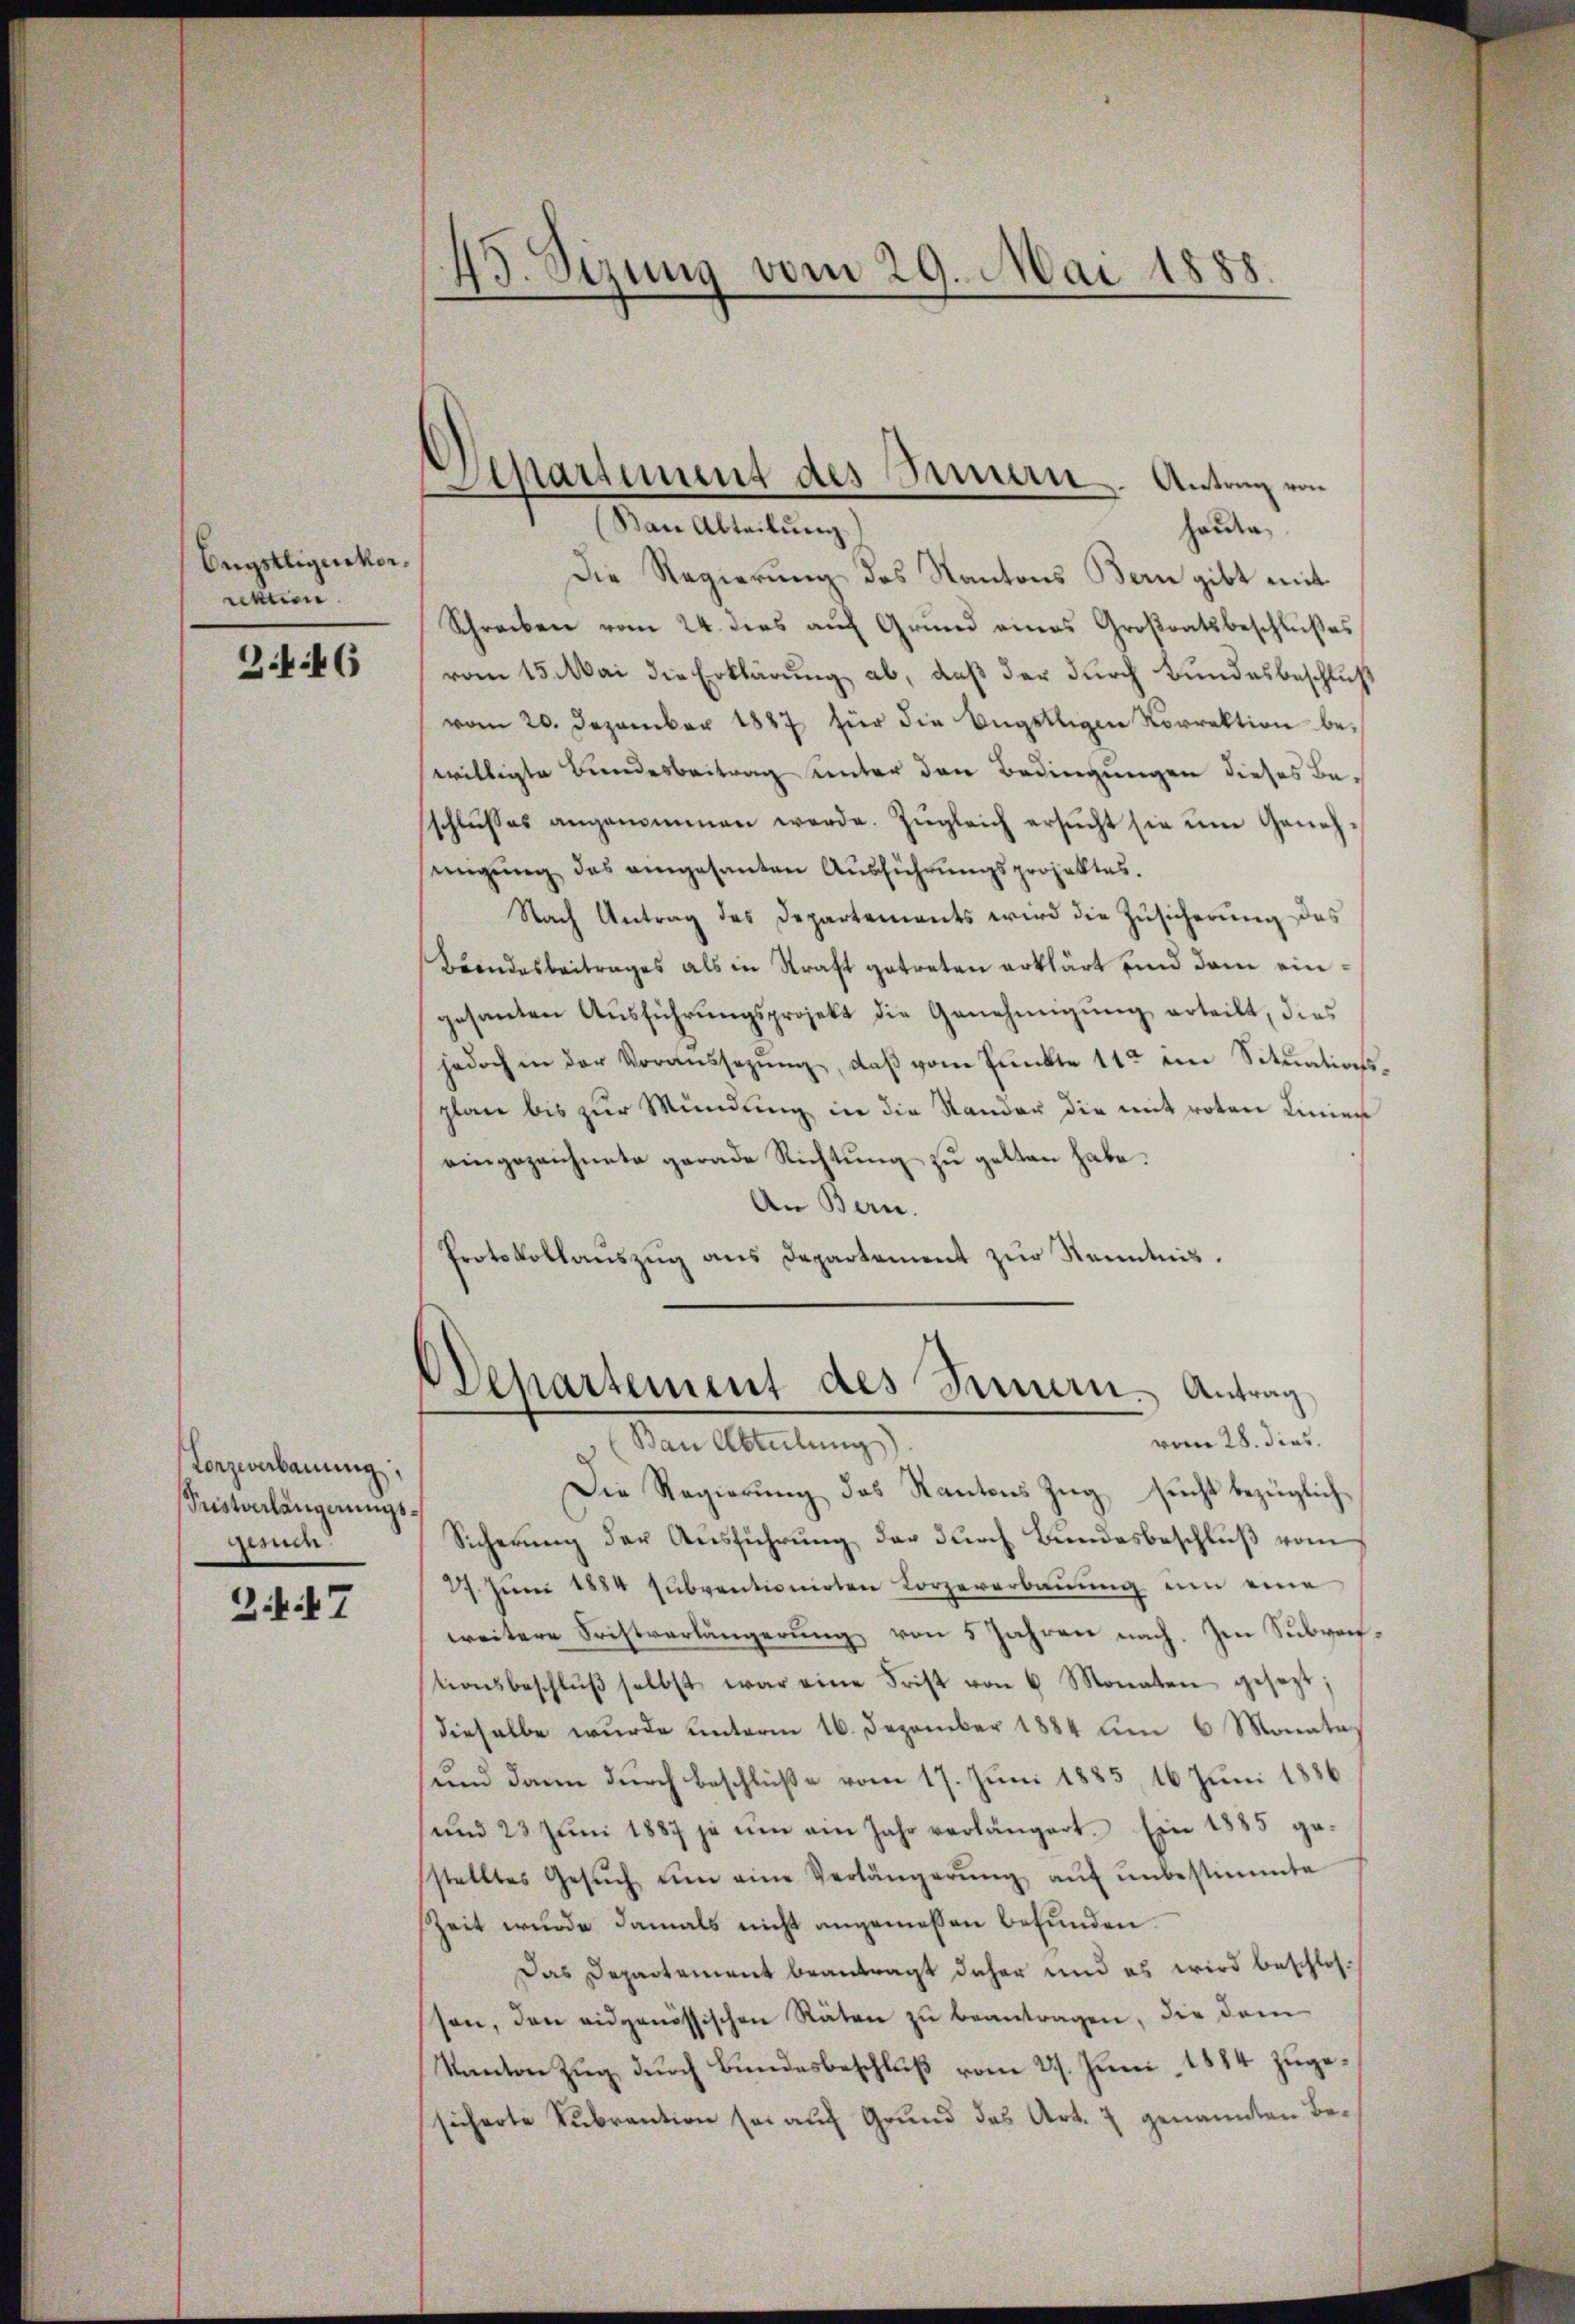
Engstligenkor
rektion

3.46

Loezierbauung,
Sistorlängerungsgenien.

Z. 7

45. Sezung vom 29. Mai 1888.
e

Apassiment des Innern. Antrag von
Ban Abteilung
Holden

Die Regierung des Kantons Bern gibt mit
Schreiben vom 24. dies auf Grund eines Großratsbeschlußes
vom 15. Mai die Erklärung ab, daß der durch Bundesbeschluß
vom 20. Dezember 1887 für die Engstligen Vorrektion be-
willigte Bundesbeitrag unter den Bedingungen dieses Beschlŭsses angenommen werde. Zŭgleich ersŭcht sie um Geneh-
migung des eingesanten Ausführungsprojektes.
Nach Antrag des Departements wird die Zusicherung des
Beendesbeitrages als in Kraft getreten erklärt und dem eingesanten Aŭsführŭngsprojekt die Genehmigŭng erteilt, dies
jedoch in der Voraussegŭng, daβ vom Pŭnkte 11ten ein Sitŭations-
plan bis zur Mündung in die Stander die mit roten Linier
eingezeichnete gerade Richtung zu gelten habe.
An Bern.
Protokollaŭszŭg ans Departement zŭr Kenntnis.

Departement des Fennern. Antrag
vom 28. dies
(Ban Abteilung)

Die Regierŭng des Kantons Zŭg sŭcht bezüglich
Sicherung der Ausführung der durch Bundesbeschluß vom
27. Jŭni 1884 sŭbventionirten Lorzeverbaŭŭng um eine
weitere Fristverlängerung von 5 Jahren nach. Im Subventionsbeschlŭβ selbst war eine Frist von 6 Monaten gesezt:
dieselbe wurde unterm 16. Dezember 1884 bien 6 Monata,
und dann durch beschlüße vom 17. Juni 1885, 16 Juni 1886
und 23 Jŭni 1887 ja um am Jahr verlängert. Ein 1885 ge
stelltes Gesŭch ŭm eine Verlängerŭng aŭf ŭnbestimmte
Zeit wurde damals nicht angemessen befunden.
Das Departement beantragt daher und es wird beschlos-
ssen, den eidgenössischen Räten zu beantragen, die dem
Kanton Zug durch Bundesbeschluß vom 27. Juni 1884 zugesicherte Subrantion sei auf Grund des Art. 7 genannten Be¬